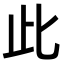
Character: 此